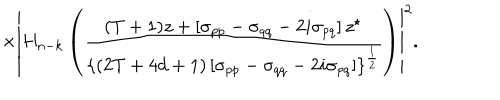
LaTeX: \times \left| H _ { n - k } \left( \frac { ( T + 1 ) z + \left[ \sigma _ { p p } - \sigma _ { q q } - 2 i \sigma _ { p q } \right] z ^ { \star } } { \left\{ ( 2 T + 4 d + 1 ) \left[ \sigma _ { p p } - \sigma _ { q q } - 2 i \sigma _ { p q } \right] \right\} ^ { \frac 1 2 } } \right) \right| ^ { 2 } .